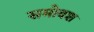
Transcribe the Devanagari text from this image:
समोवश